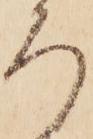
ろ